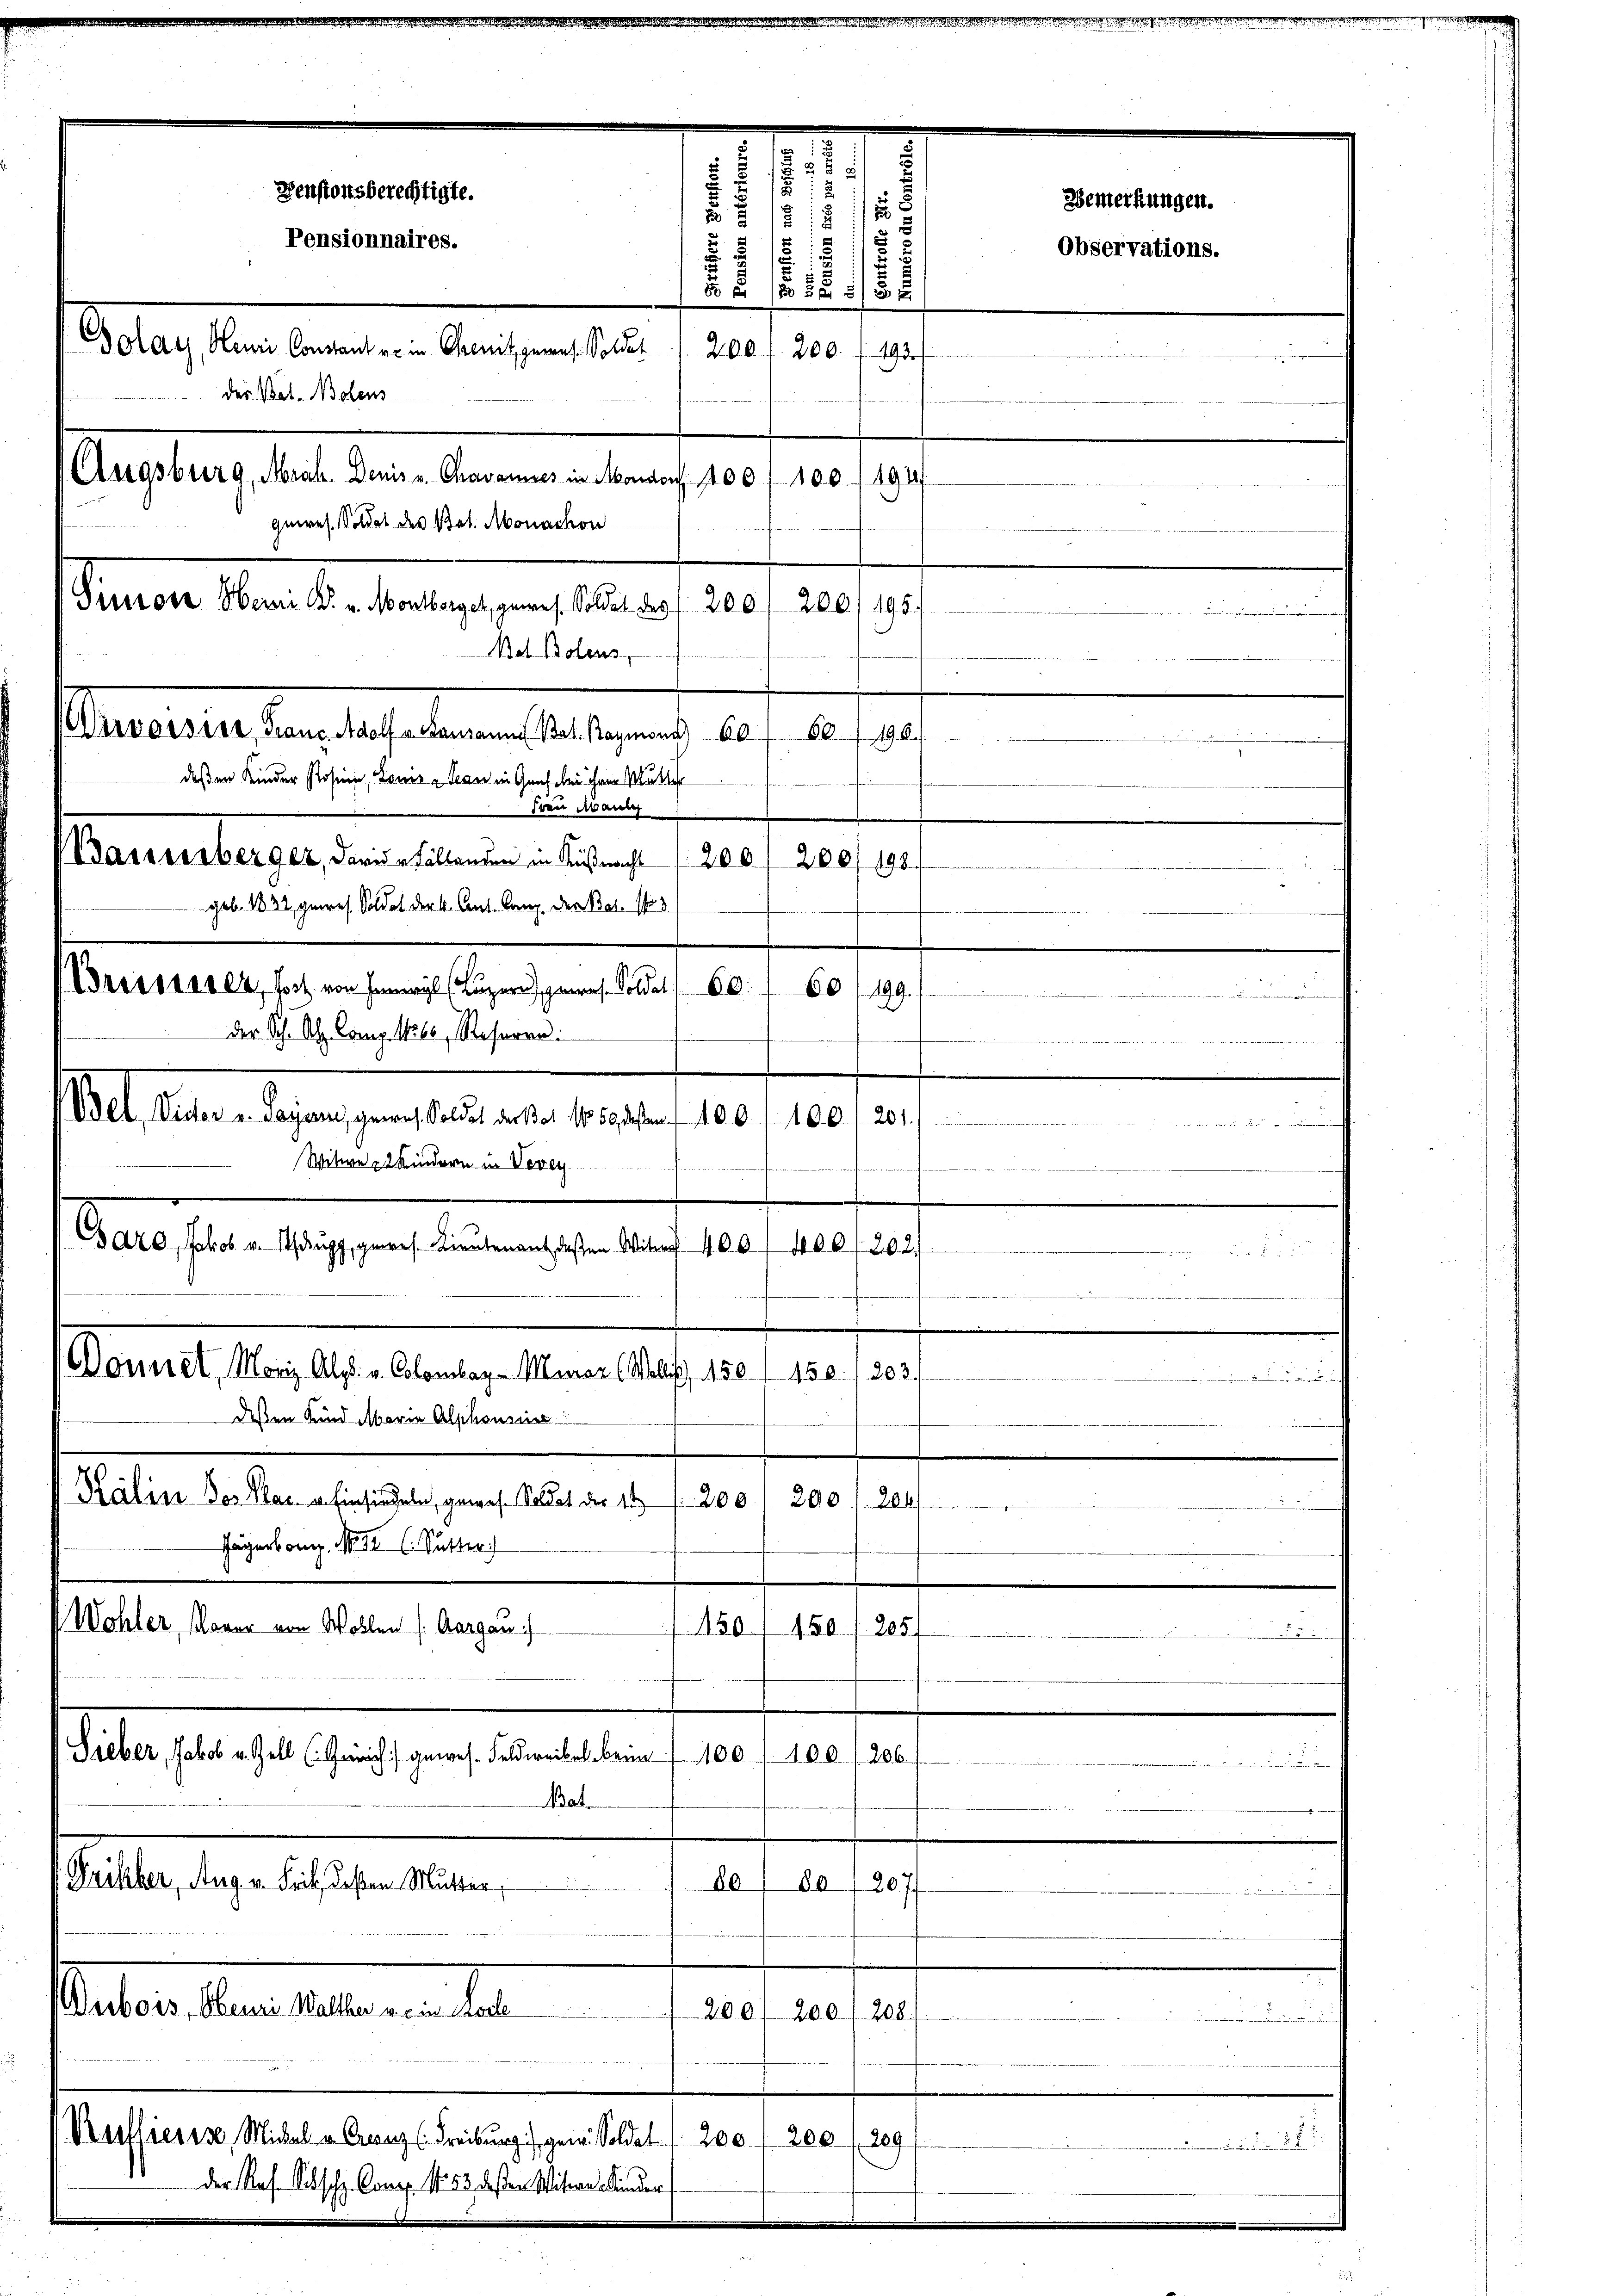
200/198.
60/199.
Bel. Vider v. Payani genes Soldet dersel 15 gießen, 100 f. 460. 1. 201.
Witwe Kindern in Vevey
J
Csaro, Jakob v. Stangg, gewes. Lieutenant deßen Witwe 400. 400 f 202.
e
Donnet, Moriz Alpl. v. Colomlaz - Minaz (Wallis, 150. 150. / 203.

dessen Kind Marie Alphonsie
Kális Dor Klar u. Einsiedeln, gewese Soldat der 14
200 (200/2047
Hägen bang No. 32 C. Sutter)
Wohler, Moren von Wollen s. Aargau)
150
450. 205
.
.
e
(Lieber, Jakob u. Zoll (Zürich gewes. Feldweibel beim 7. 100 f 100. / 206.
.
Bat.
Frischer, Aug. v. Feil, deßen Mutter,
80, 80 (207
Pastor den 10 tenen das
208.
200) 200

Reffieris Michal u. Grenz (Freiburg, gen. Soldat 200
m
.....
der Ref. Silsche Concl. 1. 53 deßen Wisiere Kinder

Pinton Oberni l. v. Montborget, gewes. Soldet des § 200, 200/195.
Bel Bolens,
Virvarsist, Franz Adolf v. Ramann Bol. Baymond 601 60. 196.
deßen Kinder Posen, Lois - Jean in Genf bei ihrer Mutter
Frau Mauer
Bassserberger, darider Fällenden in Küßnacht 200
geb. 1832, gewes. Soldat der k. Cant. Canz, der Bat. No 3
Brsssesser, hoch von hinwil (Luzern, genes Soldat 60.
der Sch. Al. Comp. Wels, Reserre

557
8
Denstonsberechtigte.
Bemerkungen.
s
8
27
i
.
Pensionnaires.
Observations.
5
8
.
 5 f 15 1/3
d was eben begegnen Aber an eine
200 f 200.
493.
der Bat. Bolens
Augsburg, Mrah. Denis v. Chavannes in Mondon 100 f 100. /194/
ques. Soldet des Bat. Monachon

.
e
e

Annie zu er